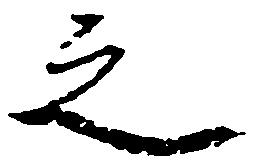
之